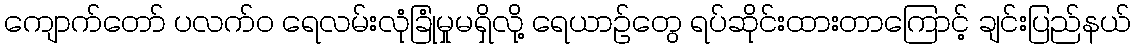
ကျောက်တော် ပလက်၀ ရေလမ်းလုံခြုံမှုမရှိလို့ ရေယာဉ်တွေ ရပ်ဆိုင်းထားတာကြောင့် ချင်းပြည်နယ်